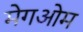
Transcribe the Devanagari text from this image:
मेगओम